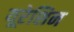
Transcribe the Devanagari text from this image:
यूरेशिन